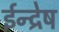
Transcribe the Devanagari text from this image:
ईन्द्रेष